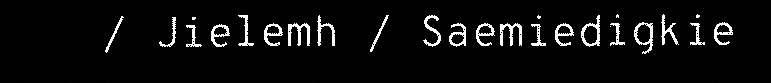
/ Jielemh / Saemiedigkie